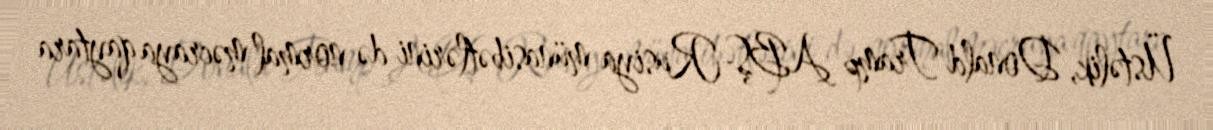
Üstəlik, Donald Tramp ABŞ-Rusiya münasibətlərini də normal məcraya qaytara